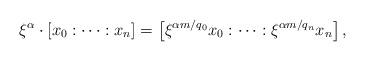
LaTeX: \begin{align*}\xi^\alpha \cdot [x_0: \dots : x_n] = \left[ \xi^{\alpha m/q_0} x_0: \dots : \xi^{\alpha m/q_n} x_n \right],\end{align*}